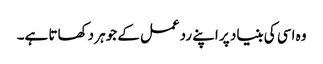
وہ اسی کی بنیاد پر اپنے ردعمل کے جوہر دکھاتا ہے۔